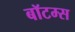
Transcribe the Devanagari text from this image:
बॉटम्स